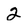
Character: 2